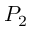
P _ { 2 }